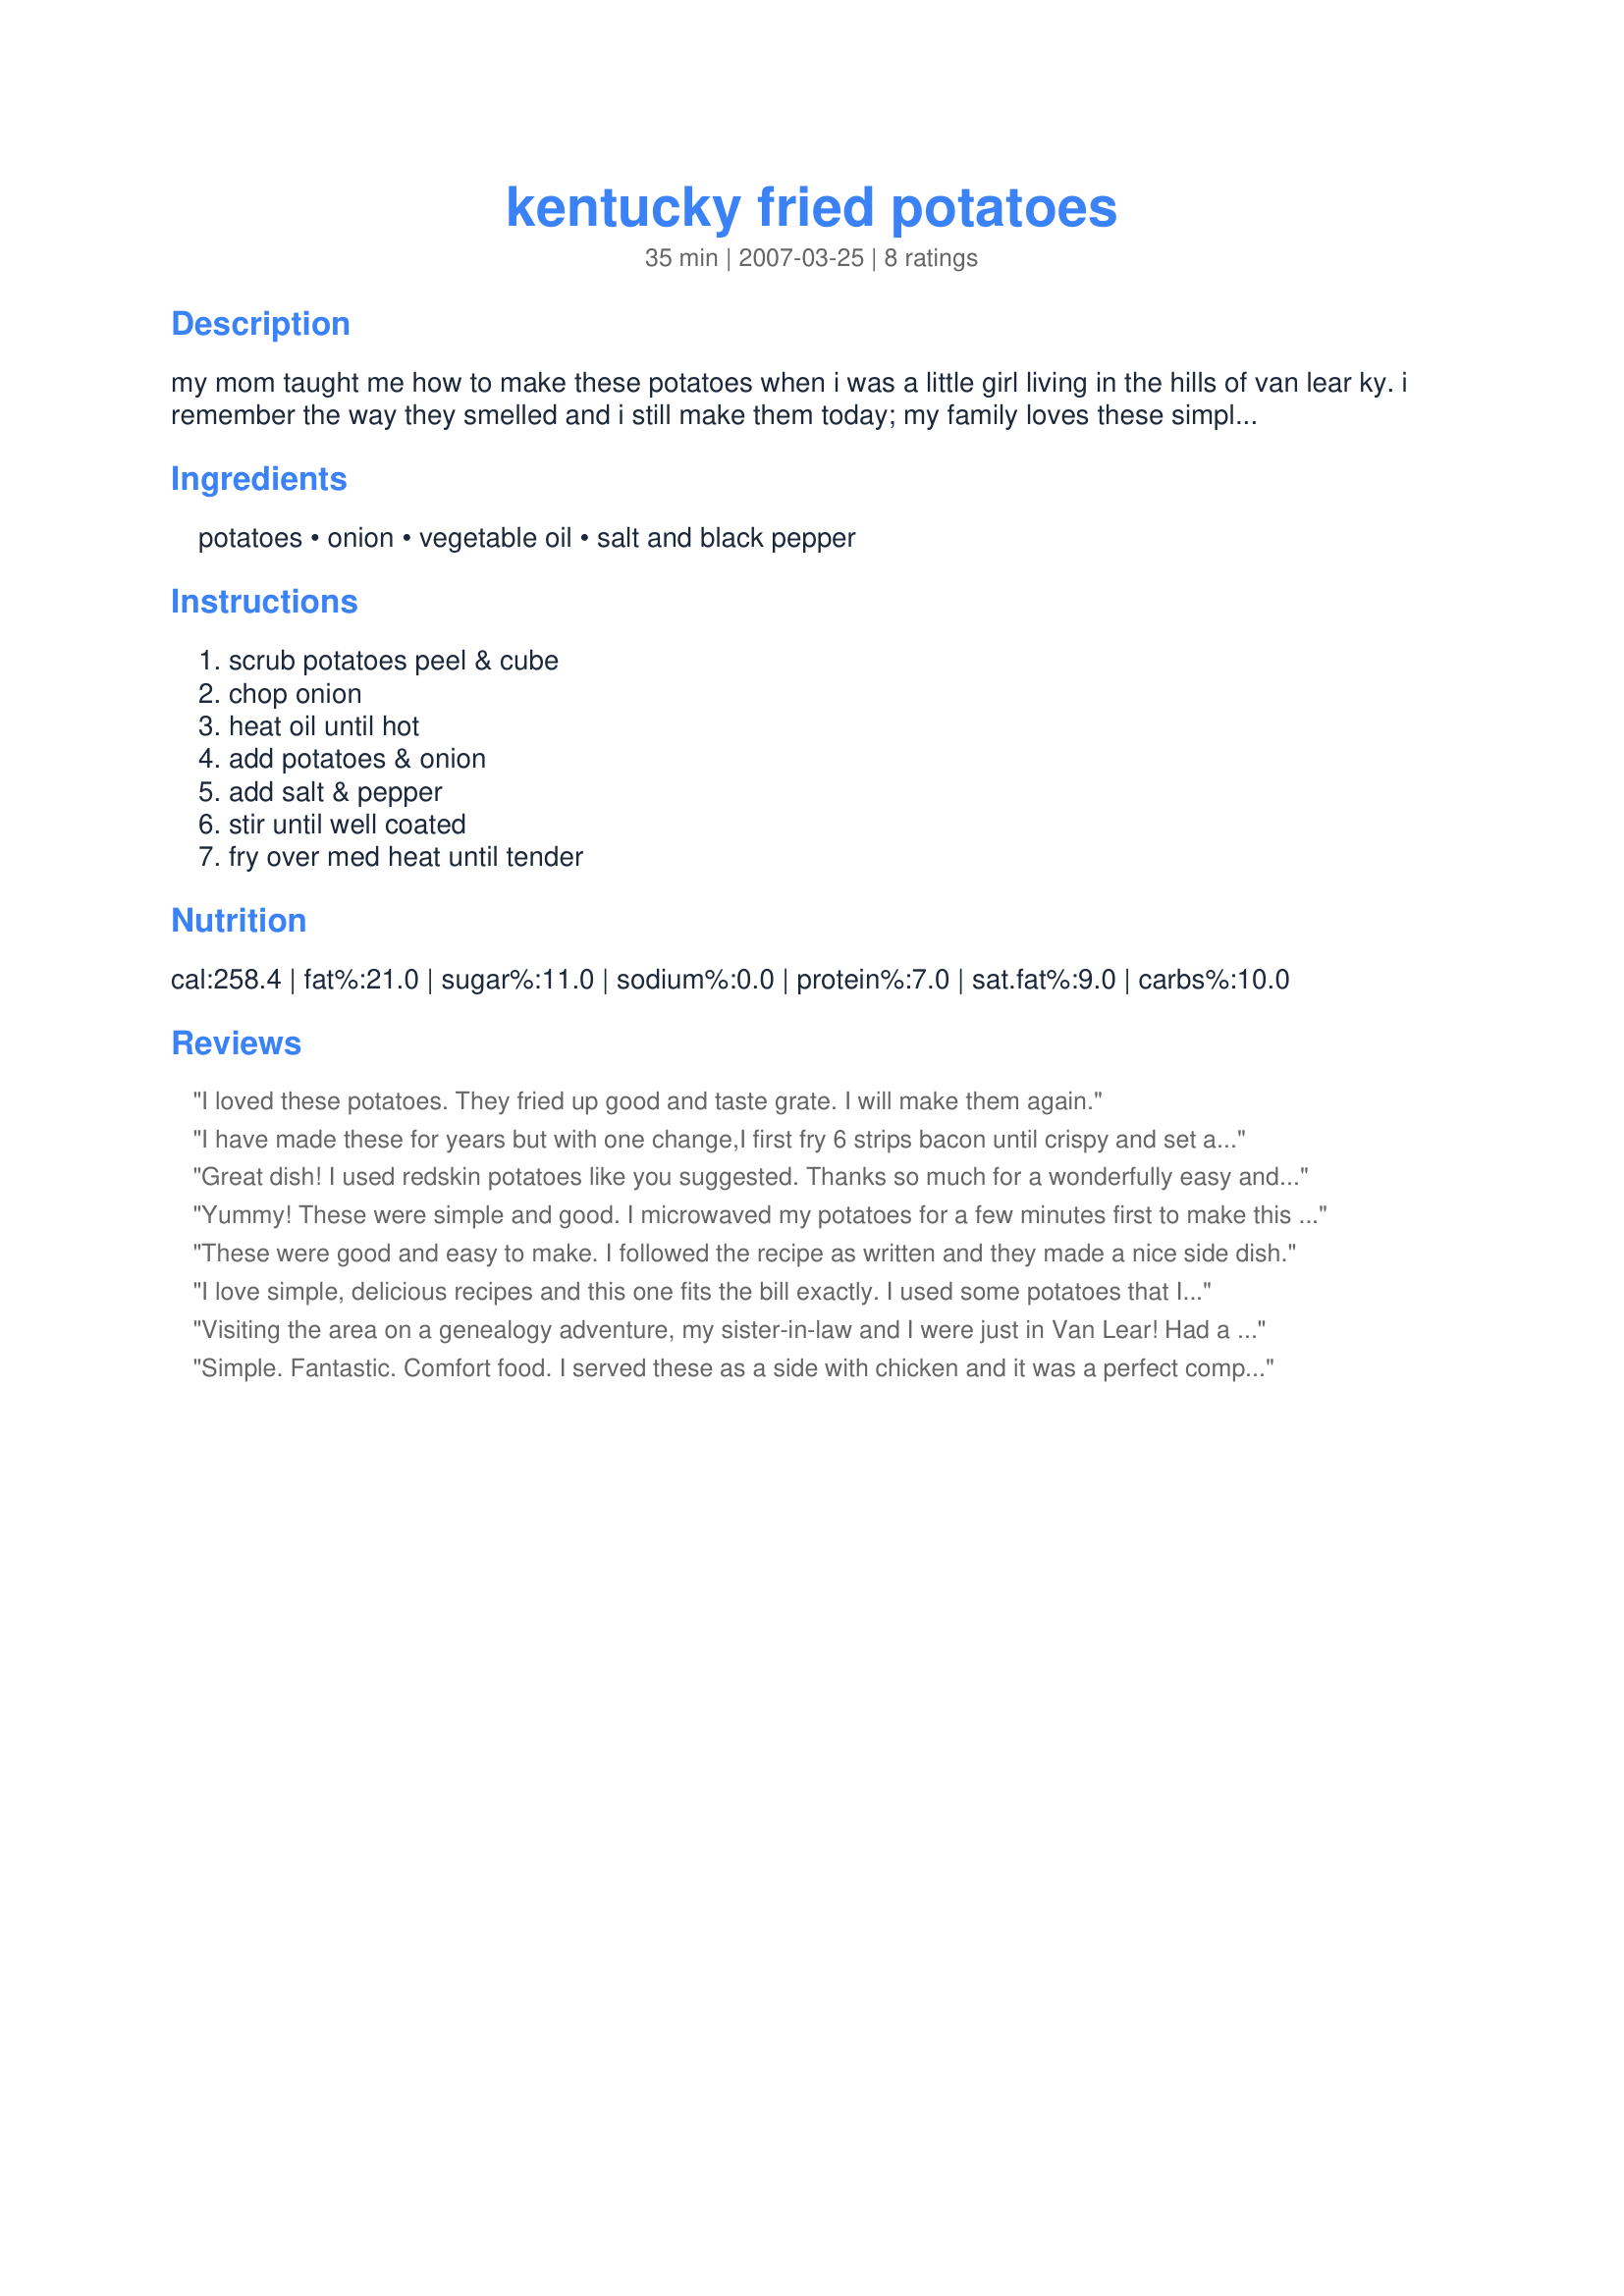
kentucky fried potatoes
Preparation time: 35 minutes

my mom taught me how to make these potatoes when i was a little girl living in the hills of van lear ky. i remember the way they smelled and
i still make them today; my family loves these simple fried potatoes.

Ingredients:
potatoes, onion, vegetable oil, salt and black pepper

Steps:
scrub potatoes peel & cube, chop onion, heat oil until hot, add potatoes & onion, add salt & pepper, stir until well coated, fry over med heat until tender

Reviews:
I loved these potatoes. They fried up good and taste grate. I will make them again.
I have made these for years but with one change,I first fry 6 strips bacon until crispy and set aside.I cook the potatoes in the grease from the bacon and before the potatoes are done I chop the bacon and add it back to the pan.Not as healthy as oil but sure kicks up the flavor.I have added 1/2 chopped green bell pepper for a change.Thanks for posting!
Great dish! I used redskin potatoes like you suggested. Thanks so much for a wonderfully easy and tasty side dish!
Yummy! These were simple and good. I microwaved my potatoes for a few minutes first to make this cook faster and we really enjoyed them. Thanks dixiegrlinpa for a nice keeper. Made for All You Can Cook Buffet special.
These were good and easy to make. I followed the recipe as written and they made a nice side dish.
I love simple, delicious recipes and this one fits the bill exactly. I used some potatoes that I bought at a roadside farm stand and I'm not quite sure what sort of potatoes they were....they seemed like a cross between red potatoes and russets, they were dirty and thin skinned and looked like something that dropped out of a horse's butt but, wow, they cleaned up nice and were delicious in this recipe.

I actually used about 8 potatoes as they were kind of runty and I used my non-stick wok to cook them in. I got them going, per Dix's directions (but I used canola oil in place of the vegetable oil) and then turned my attention outside to the grill, where my turkey was cooking. I came inside to check on the potatoes. My daughter and her friend, who is from Eastern Europe, were standing over the potatoes and that started a big discussion about the origin of the name of the potatoes. Alma (from E. Europe) said that she smelled the aroma and thought that I was cooking Polish potatoes. My husband, who is japanese/italian, said they were 'home fries'.

After we demolished the pan of potatoes we decided that every culture must cook potatoes like this and we all found it delicious. sorry for the long story but I just had to share the enjoyment we got from these potatoes. Thanks Dixie, we'll be making this again and again!
Visiting the area on a genealogy adventure, my sister-in-law and I were just in Van Lear! Had a lovely visit; taking the area bookstore and Butcher Holler. My Harlan County mother cut her potatoes lengthwise (like squared logs), my husbands grandmother sliced the potato in rounds, but everything else the same. You can't improve on simple ingredients cooked well.
Simple. Fantastic. Comfort food. I served these as a side with chicken and it was a perfect complement. I couldn't help but think how much I'd love these for breakfast, maybe with bacon crumbled into the mix!!
